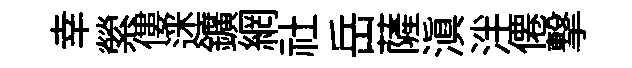
幸縈僂迷鑛網社岳薩滇泮僊撃